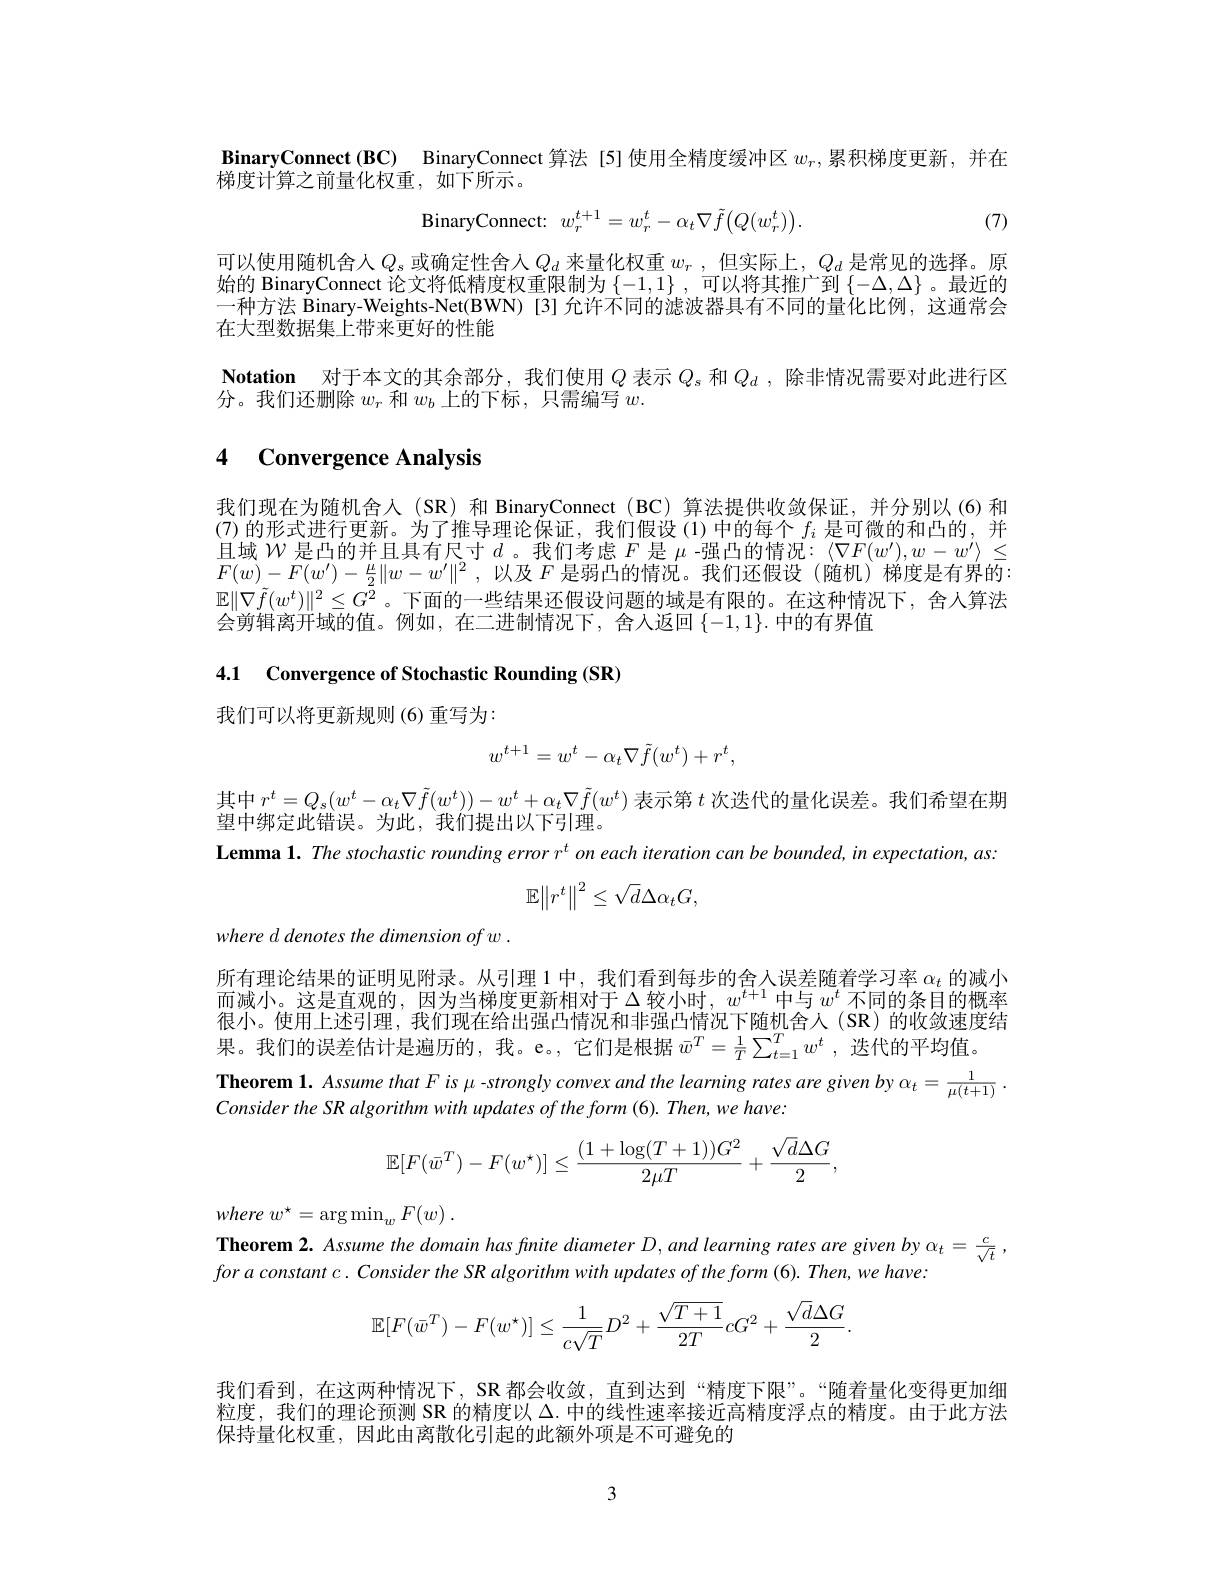
BinaryConnect (BC) BinaryConnect 算法 [5] 使用全精度缓冲区$w_r$,累积梯度更新，并在
梯度计算之前量化权重，如下所示。
$$w_r^{t+1}=w_r^t-\alpha_t\nabla\tilde{f}\big(Q(w_r^t)\big).$$
(7)

可以使用随机舍人$Q_s$或确定性含人$Q_d$来量化权重$w_r$,但实际上，$Q_d$是常见的选择。原始的 BinaryConnect 论文将低精度权重限制为$\left\{-1,1\right\}$,可以将其推广到$\left\{-\Delta,\Delta\right\}$。最近的一种方法 Binary-Weights-Net(BWN)[3]允许不同的滤波器具有不同的量化比例，这通常会在大型数据集上带来更好的性能
Notation 对于本文的其余部分，我们使用$Q$表示$Q_s$和$Q_d$ ,除非情况需要对此进行区
分。我们还删除$w_r$和$w_b$上的下标，只需编写$w.$

# 4 Convergence Analysis

我们现在为随机舍人(SR) 和 BinaryConnect (BC) 算法提供收敛保证，并分别以 (6)和(7)的形式进行更新。为了推导理论保证，我们假设(1)中的每个$f_i$是可微的和凸的，并且域$\mathcal{W}$是凸的并且具有尺寸$d$ 。我们考虑$F$是$\mu$ -强凸的情况：$\langle\nabla F(w^\prime),w-w^{\prime}\rangle\leq$ $F( w) - F( w^{\prime }) - \frac \mu 2\| w- w^{\prime }\| ^2$ ,以及$F$是弱凸的情况。我们还假设 (随机)梯度是有界的： $\mathbb{E}\|\nabla\tilde{f}(w^t)\|^2\leq G^2$。下面的一些结果还假设问题的域是有限的。在这种情况下，舍人算法会剪辑离开域的值。例如，在二进制情况下，舍人返回$\left\{-1,1\right\}.$中的有界值

4.1 Convergence of Stochastic Rounding (SR)

我们可以将更新规则(6)重写为：
$$w^{t+1}=w^t-\alpha_t\nabla\tilde{f}(w^t)+r^t,$$
其中$r^t=Q_s(w^t-\alpha_t\nabla\tilde{f}(w^t))-w^t+\alpha_t\nabla\tilde{f}(w^t)$表示第$t$次迭代的量化误差。我们希望在期
望中绑定此错误。为此，我们提出以下引理。
Lemma 1. The stochastic rounding error $r^t$ on each iteration can be bounded, in expectation, as:
$$\mathbb{E}\left\|r^t\right\|^2\leq\sqrt{d}\Delta\alpha_tG,$$
where d denotes the dimension of w .

所有理论结果的证明见附录。从引理 1中，我们看到每步的舍人误差随着学习率$\alpha_t$的减小而减小。这是直观的，因为当梯度更新相对于$\Delta$较小时，$w^t+1$中与$w^t$不同的条目的概率很小。使用上述引理，我们现在给出强凸情况和非强凸情况下随机舍人(SR)的收敛速度结果。我们的误差估计是遍历的，我。e。,它们是根据$\bar{w}^T=\frac1T\sum_{t=1}^Tw^t$ ,迭代的平均值。

$\textbf{Theorem 1. Assume that F is - strongly convex and the learning rates are given by }\alpha _{t}= \frac 1{\mu ( t+ 1) }$ . $CosidasthossBalosithosith dosth fosth fos and the learning rates are given by \alpha _{t}= \frac 1{\mu ( t+ 1) }$ .

Consider the $SR$ algorithm with updates $of$ the form (6). $Then$, $we$ $have.$
$$\mathbb{E}[F(\bar{w}^T)-F(w^\star)]\leq\frac{(1+\log(T+1))G^2}{2\mu T}+\frac{\sqrt{d}\Delta G}{2},$$
where $w^{\star }= \arg \min _{w}F( w)$ .
Theorem 2. Assume the domain has fnite diameter D, and learning rates are given by $\alpha_t=\frac c{\sqrt{t}}$,
$foraconstantc.ConsidertheSRalgorithmwithupdatesoftheform(6).Then,wehave:$
$$\begin{aligned}\mathbb{E}[F(\bar{w}^T)-F(w^\star)]\leq\frac{1}{c\sqrt{T}}D^2+\frac{\sqrt{T+1}}{2T}cG^2+\frac{\sqrt{d}\Delta G}{2}.\end{aligned}$$
我们看到，在这两种情况下，SR 都会收敛，直到达到“精度下限”。“随着量化变得更加细粒度，我们的理论预测 SR 的精度以$\Delta$.中的线性速率接近高精度浮点的精度。由于此方法保持量化权重，因此由离散化引起的此额外项是不可避免的

3